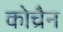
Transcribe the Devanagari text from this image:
कोच्रैन